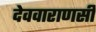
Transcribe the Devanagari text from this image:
देववाराणसी